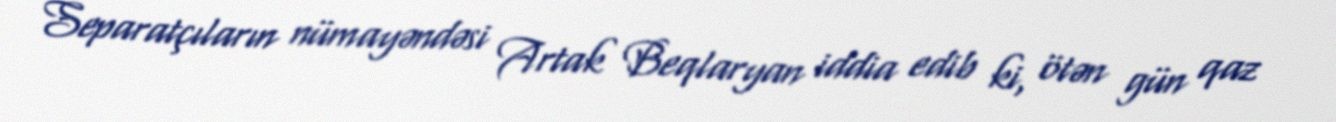
Separatçıların nümayəndəsi Artak Beqlaryan iddia edib ki, ötən gün qaz